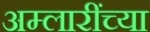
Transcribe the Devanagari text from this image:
अम्लारींच्या